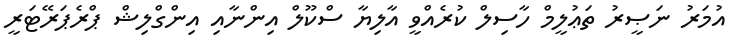
އުމަރު ނަޞީރު ތަޢުލީމް ހާސިލް ކުރެއްވީ އާލިޔާ ސްކޫލް އިންނާއި އިންގްލިޝް ޕްރެޕަރޭޓަރީ